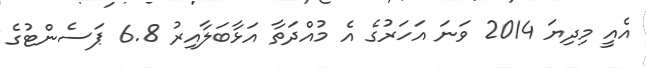
އެއީ މިދިޔަ 2014 ވަނަ އަހަރުގެ އެ މުއްދަތާ އަޅާބަލާއިރު 6.8 ޕަސެންޓުގެ